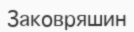
Заковряшин